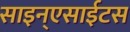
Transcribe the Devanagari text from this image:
साइन्एसाईटस